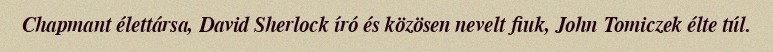
Chapmant élettársa, David Sherlock író és közösen nevelt fiuk, John Tomiczek élte túl.